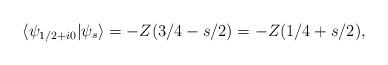
LaTeX: \begin{align*}\langle\psi_{1/2+i0}\vert\psi_s\rangle=-Z(3/4-s/2)=-Z(1/4+s/2),\end{align*}